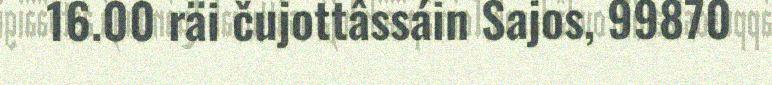
16.00 räi čujottâssáin Sajos, 99870